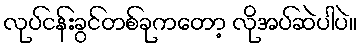
လုပ်ငန်းခွင်တစ်ခုကတော့ လိုအပ်ဆဲပါပဲ။